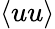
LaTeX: \left<uu\right>